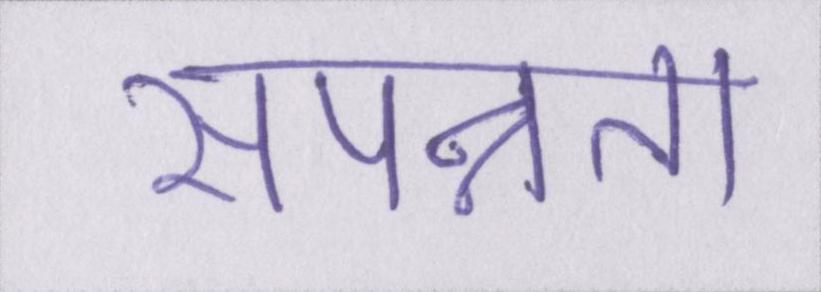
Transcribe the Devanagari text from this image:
संपन्नता